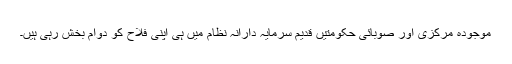
موجودہ مرکزی اور صوبائی حکومتیں قدیم سرمایہ دارانہ نظام میں ہی اپنی فلاح کو دوام بخش رہی ہیں۔